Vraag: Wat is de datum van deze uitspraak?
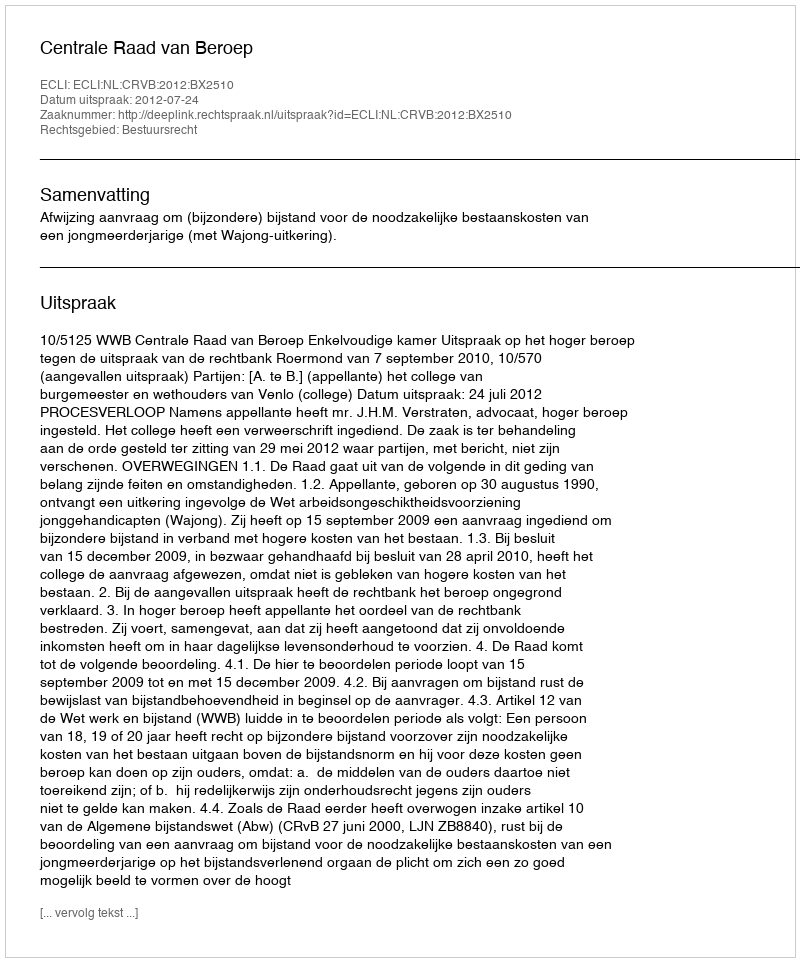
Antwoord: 2012-07-24